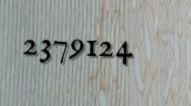
2379124